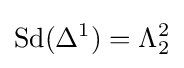
\operatorname {Sd} (\Delta ^{1})=\Lambda _{2}^{2}